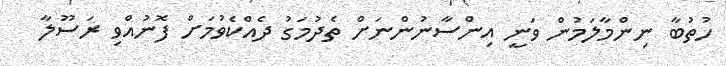
ހުތުބާ ނިންމާލަމުން ވަނީ އިންސާނުންނަށް ތެދުމަގު ދެއްކެވުމަށް ފޮނުއްވި ރަސޫލާ